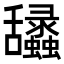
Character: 𦧽